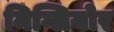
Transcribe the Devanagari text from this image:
मिग्लियोर